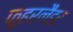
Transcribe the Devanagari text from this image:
फूहरलैंडर